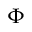
\Phi